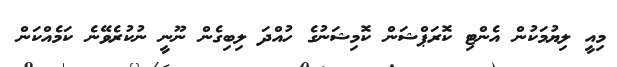
މިއީ ލިޔުމަކުން އެންޓި ކޮރަޕްޝަން ކޮމިޝަނުގެ ހުއްދަ ލިބިގެން ނޫނީ ނުކުރެވޭނެ ކަމެއްކަން